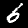
Digit: 6